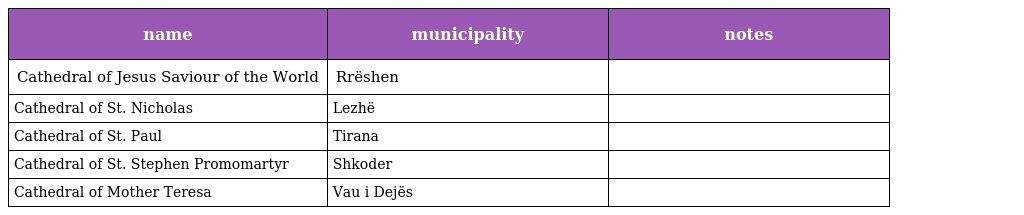
| name | municipality | notes |
 | --- | --- | --- |
 | Cathedral of Jesus Saviour of the World | Rrëshen |  |
 | Cathedral of St. Nicholas | Lezhë |  |
 | Cathedral of St. Paul | Tirana |  |
 | Cathedral of St. Stephen Promomartyr | Shkoder |  |
 | Cathedral of Mother Teresa | Vau i Dejës |  |